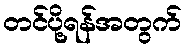
တင်ပို့ရန်အတွက်